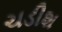
ચડીશ